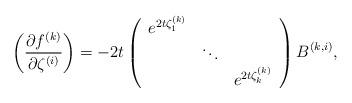
LaTeX: \begin{align*}\left(\frac{\partial f^{(k)}}{\partial \zeta^{(i)}}\right) = -2t\left(\begin{array}{ccc}e^{2t\zeta_1^{(k)}} & & \\ & \ddots & \\ & & e^{2t\zeta_k^{(k)}}\\\end{array}\right)B^{(k,i)},\end{align*}